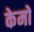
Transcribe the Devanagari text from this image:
केमो